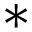
^ *